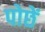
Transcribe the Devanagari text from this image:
पोछें